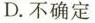
D.不确定